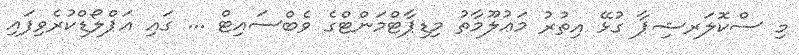
މި ސްކޮލަރޝިޕާ ގުޅޭ އިތުރު މަޢުލޫމާތު މިޑިޕާޓްމަންޓްގެ ވެބްސައިޓް ... ގައި އަޕްލޯޑްކުރެވިފައި